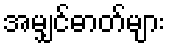
အမျှင်ဓာတ်များ